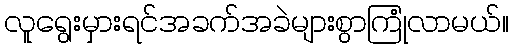
လူရွေးမှားရင်အခက်အခဲများစွာကြုံလာမယ်။